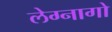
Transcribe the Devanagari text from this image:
लेग्नागो